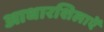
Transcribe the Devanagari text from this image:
आधारशिलाऐं